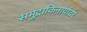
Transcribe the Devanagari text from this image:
समुद्राकिनार्यावर